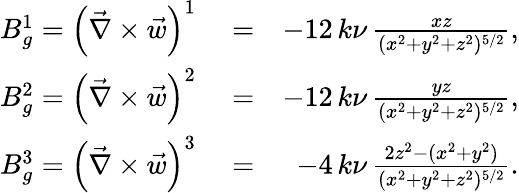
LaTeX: \begin{array}{rlr}{B_{g}^{1}=\left(\vec{\nabla}\times\vec{w}\right)^{1}}&{{}=}&{-12\, k\nu\, \frac{xz}{(x^{2}+y^{2}+z^{2})^{5/2}},}\\ {B_{g}^{2}=\left(\vec{\nabla}\times\vec{w}\right)^{2}}&{{}=}&{-12\, k\nu\, \frac{yz}{(x^{2}+y^{2}+z^{2})^{5/2}},}\\ {B_{g}^{3}=\left(\vec{\nabla}\times\vec{w}\right)^{3}}&{{}=}&{-4\, k\nu\, \frac{2z^{2}-(x^{2}+y^{2})}{(x^{2}+y^{2}+z^{2})^{5/2}}.}\end{array}